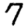
Digit: 7